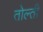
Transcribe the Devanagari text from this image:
तोल्ती